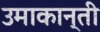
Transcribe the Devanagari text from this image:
उमाकान्‍ती